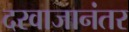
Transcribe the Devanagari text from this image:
दरवाजानंतर